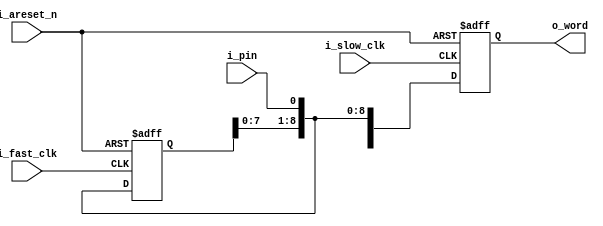
module iserdes(i_slow_clk, i_fast_clk, i_areset_n, i_pin, o_word);
	//
	parameter			WIDTH=10;
	parameter	[(WIDTH-1):0]	RESET_VALUE = 0;
	//
	input	wire			i_slow_clk, i_fast_clk, i_areset_n;
	//
	input	wire			i_pin;
	output	wire	[(WIDTH-1):0]	o_word;

	reg	[WIDTH-1:0]	r_word;

	//
	// The basic input SERDESE operator
	//
	always @(posedge i_fast_clk, negedge i_areset_n)
	if (!i_areset_n)
		r_word <= RESET_VALUE;
	else
		r_word <= { r_word[(WIDTH-2):0], i_pin };

	always @(posedge i_slow_clk, negedge i_areset_n)
	if (!i_areset_n)
		o_word <= RESET_VALUE;
	else
		o_word <= { r_word[(WIDTH-2):0], i_pin };

`ifdef	FORMAL
    reg [3:0] f_clk_counter;
    initial f_clk_counter = 0;
    always @($globalclock)
    begin
        f_clk_counter <= f_clk_counter + 1'b1;
        assume(i_fast_clk == f_clk_counter[0]);
        assume(i_slow_clk == f_clk_counter[3]);
    end
`endif
endmodule